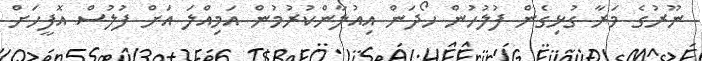
ނޫރުގެ މަރާ ގުޅިގެން ފުލުހުން ހޯދަން އިއުލާންކުރުމުން އަމިއްލަ އަށް ފުލުސް އޮފީހަށް